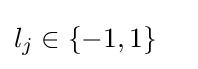
l_{j}\in \left\{-1,1\right\}\quad